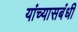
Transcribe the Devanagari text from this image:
यांच्यासबंधी